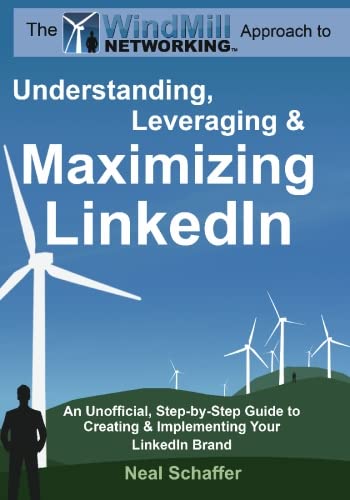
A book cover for Windmill Networking: Understanding, Leveraging & Maximizing LinkedIn: An Unofficial, Step-by-Step Guide to Creating & Implementing Your LinkedIn Brand - Social Networking in a Web 2.0 World; Neal Schaffer; Computers & Technology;